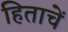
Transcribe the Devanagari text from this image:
हिताचें